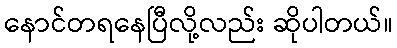
နောင်တရနေပြီလို့လည်း ဆိုပါတယ်။